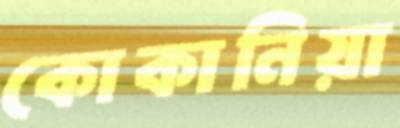
কোকানিয়া